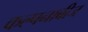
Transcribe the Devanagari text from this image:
कल्पनाबीज